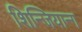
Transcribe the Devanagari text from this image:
शिन्जियान्ग